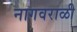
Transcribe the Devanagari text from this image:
नागवराळी